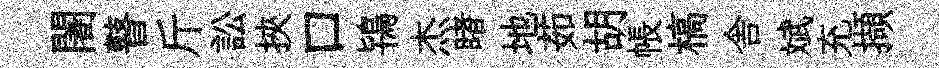
闍瞽斤訟挾口鴇杰睹地茹胡帳槁舎斌充擷